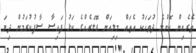
ތެރެއިން ކޮންމެ ދުވަހަކު އެތައް މިލިއަން ޑޮލަރެއްގެ ކަޅު ފައިސާ ސާފުކުރަމުން ދިޔަ